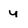
Character: y